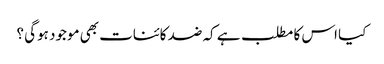
کیا اس کا مطلب ہے کہ ضد کائنات بھی موجود ہوگی ؟